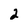
Character: 2